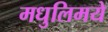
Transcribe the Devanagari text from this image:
मधुलिमये